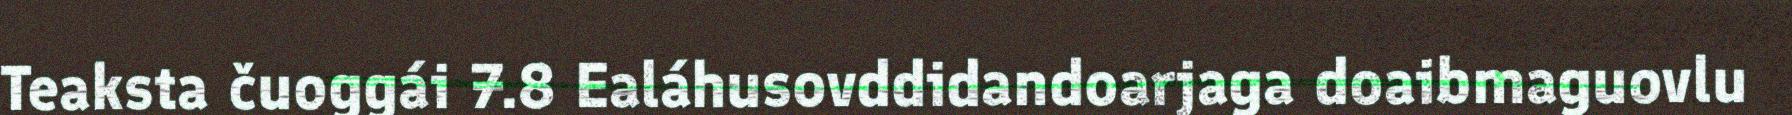
Teaksta čuoggái 7.8 Ealáhusovddidandoarjaga doaibmaguovlu